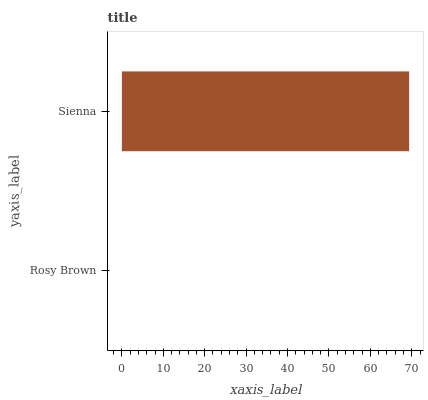
| yaxis_label | bars |
 | --- | --- |
 | Rosy Brown | 0 |
 | Sienna | 69.4 |